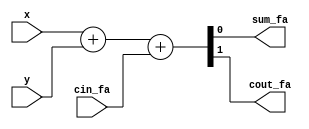
module FA( input x,y,cin_fa, output sum_fa, cout_fa);
assign {cout_fa,sum_fa} =x + y + cin_fa;
endmodule 

module RCA(a,b,cin,sum,cout);
input [15:0] a,b;
input cin;
output [15:0] sum;
output cout;
wire [15:0]c;

FA fa0(a[0],b[0],cin,sum[0],c[0]);

  genvar i;
  generate
  for(i=1;i<=15;i=i+1)
    begin : fa1tofa15
	   FA fa(a[i],b[i],c[i-1],sum[i],c[i]);
    end
  endgenerate

assign cout = c[15];
endmodule